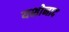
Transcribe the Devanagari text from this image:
यशोनाद